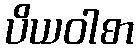
ပိယဝါစာ